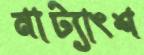
নাট্যাংশ